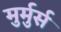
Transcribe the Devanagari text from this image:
मुर्मुर्स